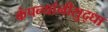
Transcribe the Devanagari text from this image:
कंपन्यांनीसुद्धा